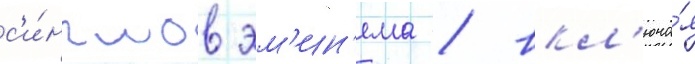
с'и́нглов эм'ин'ема / вкл'юча́я